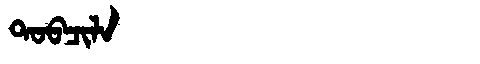
Manchu: ᡨᠣᠪᠴᡳᠯᠠ
Romanization: TOBCILA